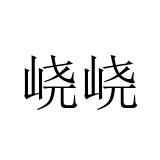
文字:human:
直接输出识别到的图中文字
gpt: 峣峣